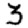
Digit: 3